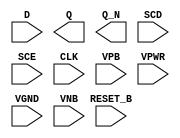
/**
 * Copyright 2020 The SkyWater PDK Authors
 *
 * Licensed under the Apache License, Version 2.0 (the "License");
 * you may not use this file except in compliance with the License.
 * You may obtain a copy of the License at
 *
 *     https://www.apache.org/licenses/LICENSE-2.0
 *
 * Unless required by applicable law or agreed to in writing, software
 * distributed under the License is distributed on an "AS IS" BASIS,
 * WITHOUT WARRANTIES OR CONDITIONS OF ANY KIND, either express or implied.
 * See the License for the specific language governing permissions and
 * limitations under the License.
 *
 * SPDX-License-Identifier: Apache-2.0
 */

`ifndef SKY130_FD_SC_HDLL__SDFRBP_PP_SYMBOL_V
`define SKY130_FD_SC_HDLL__SDFRBP_PP_SYMBOL_V

/**
 * sdfrbp: Scan delay flop, inverted reset, non-inverted clock,
 *         complementary outputs.
 *
 * Verilog stub (with power pins) for graphical symbol definition
 * generation.
 *
 * WARNING: This file is autogenerated, do not modify directly!
 */

`timescale 1ns / 1ps
`default_nettype none

(* blackbox *)
module sky130_fd_sc_hdll__sdfrbp (
    //# {{data|Data Signals}}
    input  D      ,
    output Q      ,
    output Q_N    ,

    //# {{control|Control Signals}}
    input  RESET_B,

    //# {{scanchain|Scan Chain}}
    input  SCD    ,
    input  SCE    ,

    //# {{clocks|Clocking}}
    input  CLK    ,

    //# {{power|Power}}
    input  VPB    ,
    input  VPWR   ,
    input  VGND   ,
    input  VNB
);
endmodule

`default_nettype wire
`endif  // SKY130_FD_SC_HDLL__SDFRBP_PP_SYMBOL_V